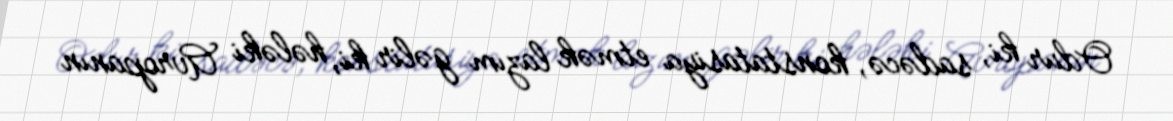
Odur ki, sadəcə, konstatasiya etmək lazım gəlir ki, hələki Avropanın